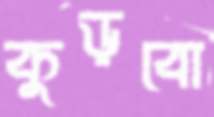
কুড়বো